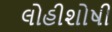
લોહીશોષી